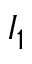
I _ { 1 }